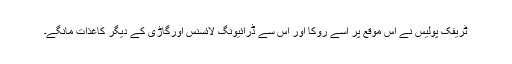
ٹریفک پولیس نے اس موقع پر اسے روکا اور اس سے ڈرائیونگ لائسنس اورگاڑی کے دیگر کاغذات مانگے۔